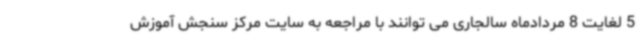
5 لغایت 8 مردادماه سالجاری می توانند با مراجعه به سایت مرکز سنجش آموزش